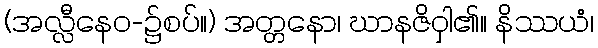
(အလ္လီနေဝ-၌စပ်။) အတ္တနော၊ ဃာနဇိဝှါ၏။ နိဿယံ၊